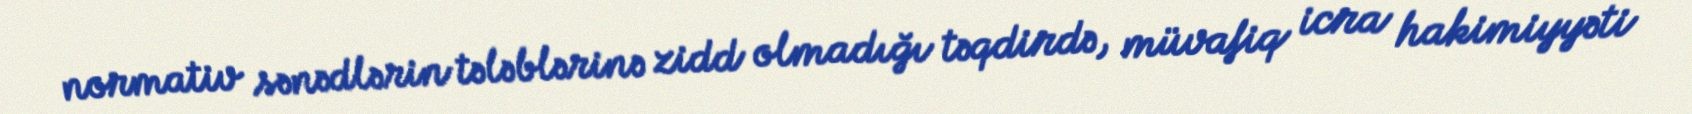
normativ sənədlərin tələblərinə zidd olmadığı təqdirdə, müvafiq icra hakimiyyəti